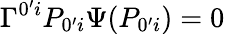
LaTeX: \Gamma^{0^{\prime}i}P_{0^{\prime}i}\Psi(P_{0^{\prime}i})=0